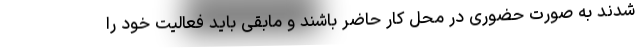
شدند به صورت حضوری در محل کار حاضر باشند و مابقی باید فعالیت خود را